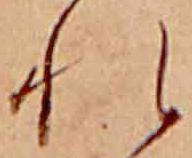
れ